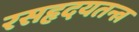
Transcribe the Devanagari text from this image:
रसहृदयतन्त्र